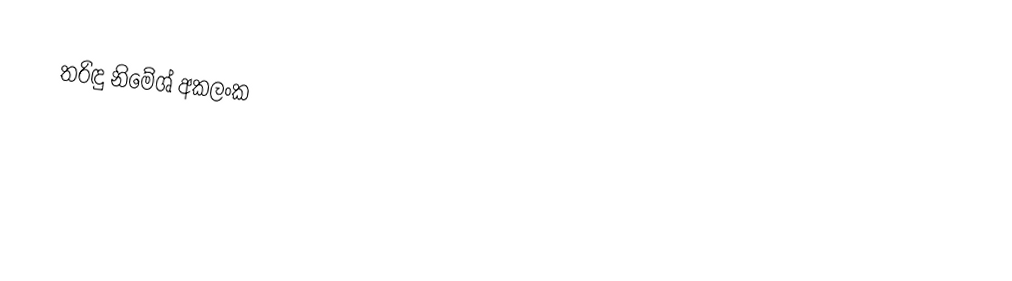
තරිඳු නිමේශ්  අකලංක